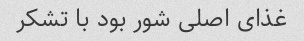
غذای اصلی شور بود با تشکر